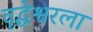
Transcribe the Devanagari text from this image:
वृद्धेश्वरला